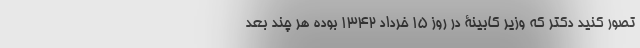
تصور کنید دکتر که وزیر کابینۀ در روز 15 خرداد 1342 بوده هر چند بعد